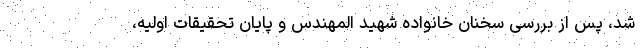
شد، پس از بررسی سخنان خانواده شهید المهندس و پایان تحقیقات اولیه،